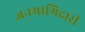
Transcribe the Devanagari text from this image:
जनभागिदारी